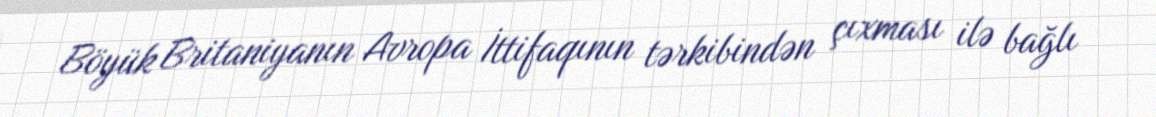
Böyük Britaniyanın Avropa İttifaqının tərkibindən çıxması ilə bağlı